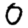
Digit: 0